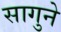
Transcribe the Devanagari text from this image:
सागुने